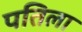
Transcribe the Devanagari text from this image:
पतिला